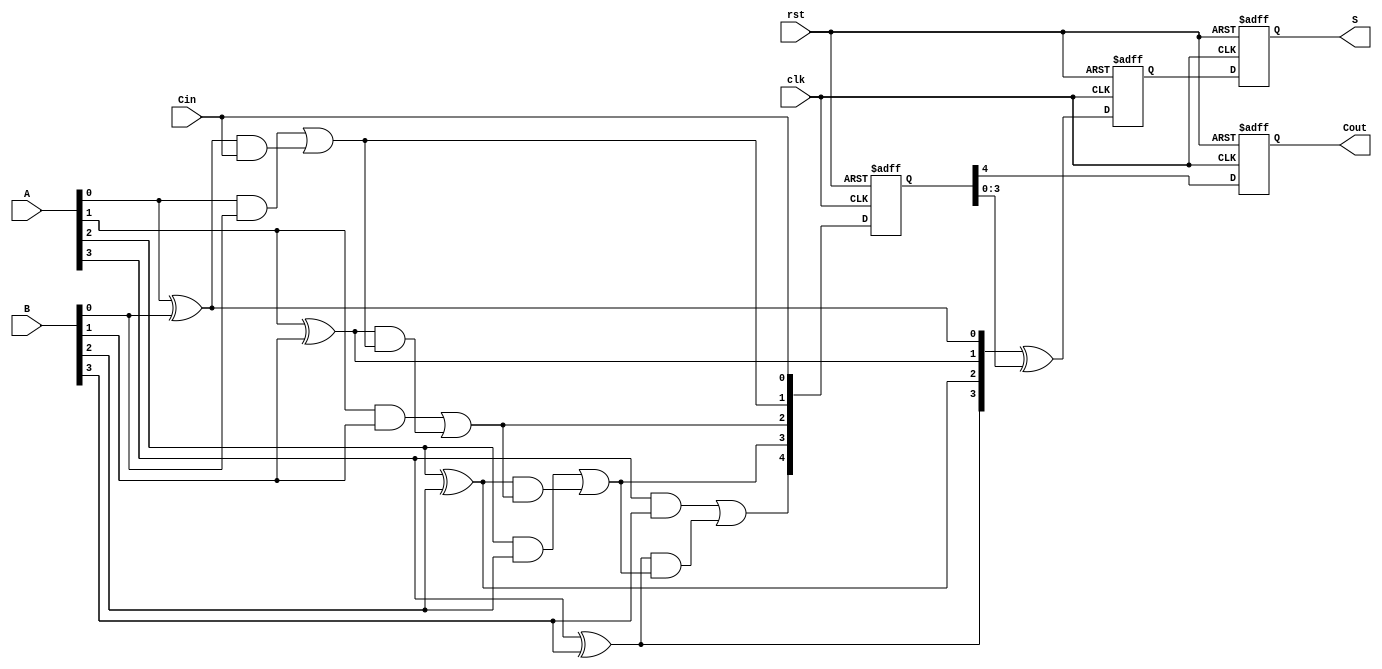
module PipelinedCLA #(parameter N = 4) (
    input wire clk,
    input wire rst,
    input wire [N-1:0] A,
    input wire [N-1:0] B,
    input wire Cin,
    output reg [N-1:0] S,
    output reg Cout
);

    // Intermediate signals
    wire [N-1:0] G; // Generate signals
    wire [N-1:0] P; // Propagate signals
    wire [N:0] C;   // Carry signals

    // Generate and Propagate calculations
    genvar i;
    generate
        for (i = 0; i < N; i = i + 1) begin : gen_prop
            assign G[i] = A[i] & B[i]; // Generate
            assign P[i] = A[i] ^ B[i]; // Propagate
        end
    endgenerate

    // Carry calculations
    assign C[0] = Cin; // Initial carry
    generate
        for (i = 0; i < N; i = i + 1) begin : carry_calc
            assign C[i + 1] = G[i] | (P[i] & C[i]); // Carry logic
        end
    endgenerate

    // Pipelined registers for carry and sum
    reg [N:0] C_reg; // Registered carry
    reg [N-1:0] S_reg; // Registered sum

    // Pipelining stage
    always @(posedge clk or posedge rst) begin
        if (rst) begin
            C_reg <= 0;
            S_reg <= 0;
            S <= 0;
            Cout <= 0;
        end else begin
            // Register the carry signals
            C_reg <= C;

            // Calculate the sum using the registered carry
            S_reg <= P ^ C_reg[N-1:0]; // Sum calculation
            S <= S_reg; // Output the sum
            Cout <= C_reg[N]; // Final carry out
        end
    end

endmodule